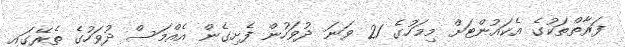
ފަރާތްތަކުގެ އެކައުންޓަށް މިމަހުގެ 21 ވަނަ ދުވަހުން ފެށިގެން އެއްމަސް ދުވަހުގެ ތެރޭގައި